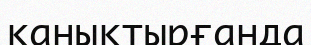
канықтырғанда